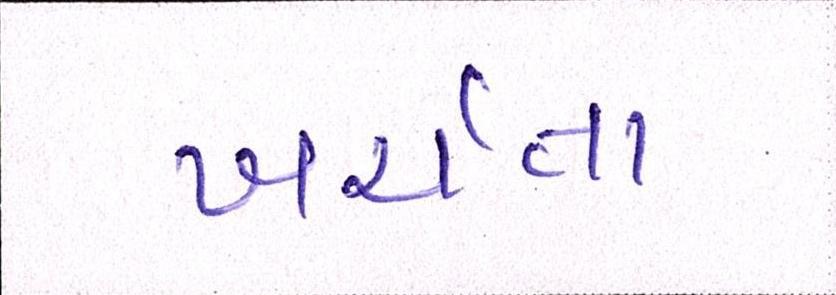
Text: ખર્ચતા